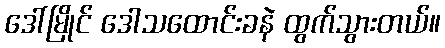
ဒေါ်မြိုင် ဒေါသထောင်းခနဲ ထွက်သွားတယ်။